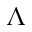
\Lambda